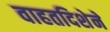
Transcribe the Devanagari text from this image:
वाहतदिशेने